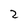
Character: 2